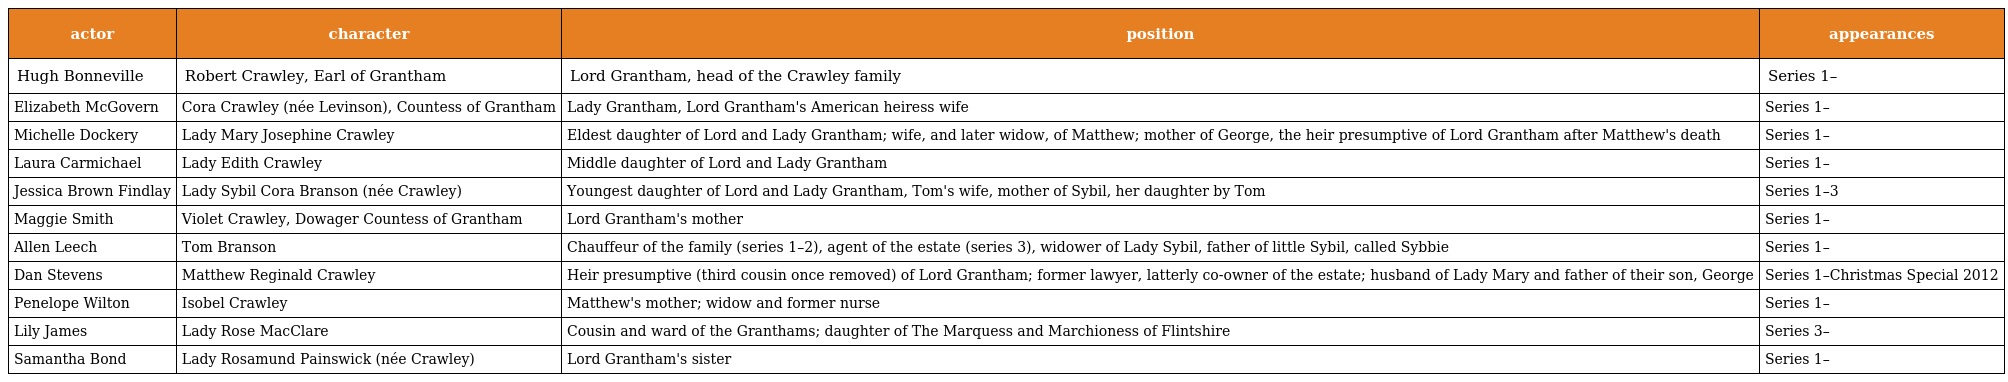
| actor | character | position | appearances |
 | --- | --- | --- | --- |
 | Hugh Bonneville | Robert Crawley, Earl of Grantham | Lord Grantham, head of the Crawley family | Series 1– |
 | Elizabeth McGovern | Cora Crawley (née Levinson), Countess of Grantham | Lady Grantham, Lord Grantham's American heiress wife | Series 1– |
 | Michelle Dockery | Lady Mary Josephine Crawley | Eldest daughter of Lord and Lady Grantham; wife, and later widow, of Matthew; mother of George, the heir presumptive of Lord Grantham after Matthew's death | Series 1– |
 | Laura Carmichael | Lady Edith Crawley | Middle daughter of Lord and Lady Grantham | Series 1– |
 | Jessica Brown Findlay | Lady Sybil Cora Branson (née Crawley) | Youngest daughter of Lord and Lady Grantham, Tom's wife, mother of Sybil, her daughter by Tom | Series 1–3 |
 | Maggie Smith | Violet Crawley, Dowager Countess of Grantham | Lord Grantham's mother | Series 1– |
 | Allen Leech | Tom Branson | Chauffeur of the family (series 1–2), agent of the estate (series 3), widower of Lady Sybil, father of little Sybil, called Sybbie | Series 1– |
 | Dan Stevens | Matthew Reginald Crawley | Heir presumptive (third cousin once removed) of Lord Grantham; former lawyer, latterly co-owner of the estate; husband of Lady Mary and father of their son, George | Series 1–Christmas Special 2012 |
 | Penelope Wilton | Isobel Crawley | Matthew's mother; widow and former nurse | Series 1– |
 | Lily James | Lady Rose MacClare | Cousin and ward of the Granthams; daughter of The Marquess and Marchioness of Flintshire | Series 3– |
 | Samantha Bond | Lady Rosamund Painswick (née Crawley) | Lord Grantham's sister | Series 1– |